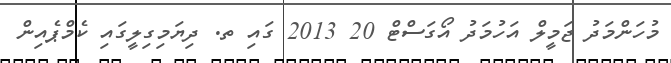
މުހަންމަދު ޖަމީލް އަހުމަދު އޯގަސްޓް 20 2013 ގައި ތ. ދިޔަމިގިލީގައި ކެމްޕެއިން